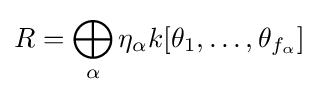
R=\bigoplus _{\alpha }\eta _{\alpha }k[\theta _{1},\ldots ,\theta _{f_{\alpha }}]